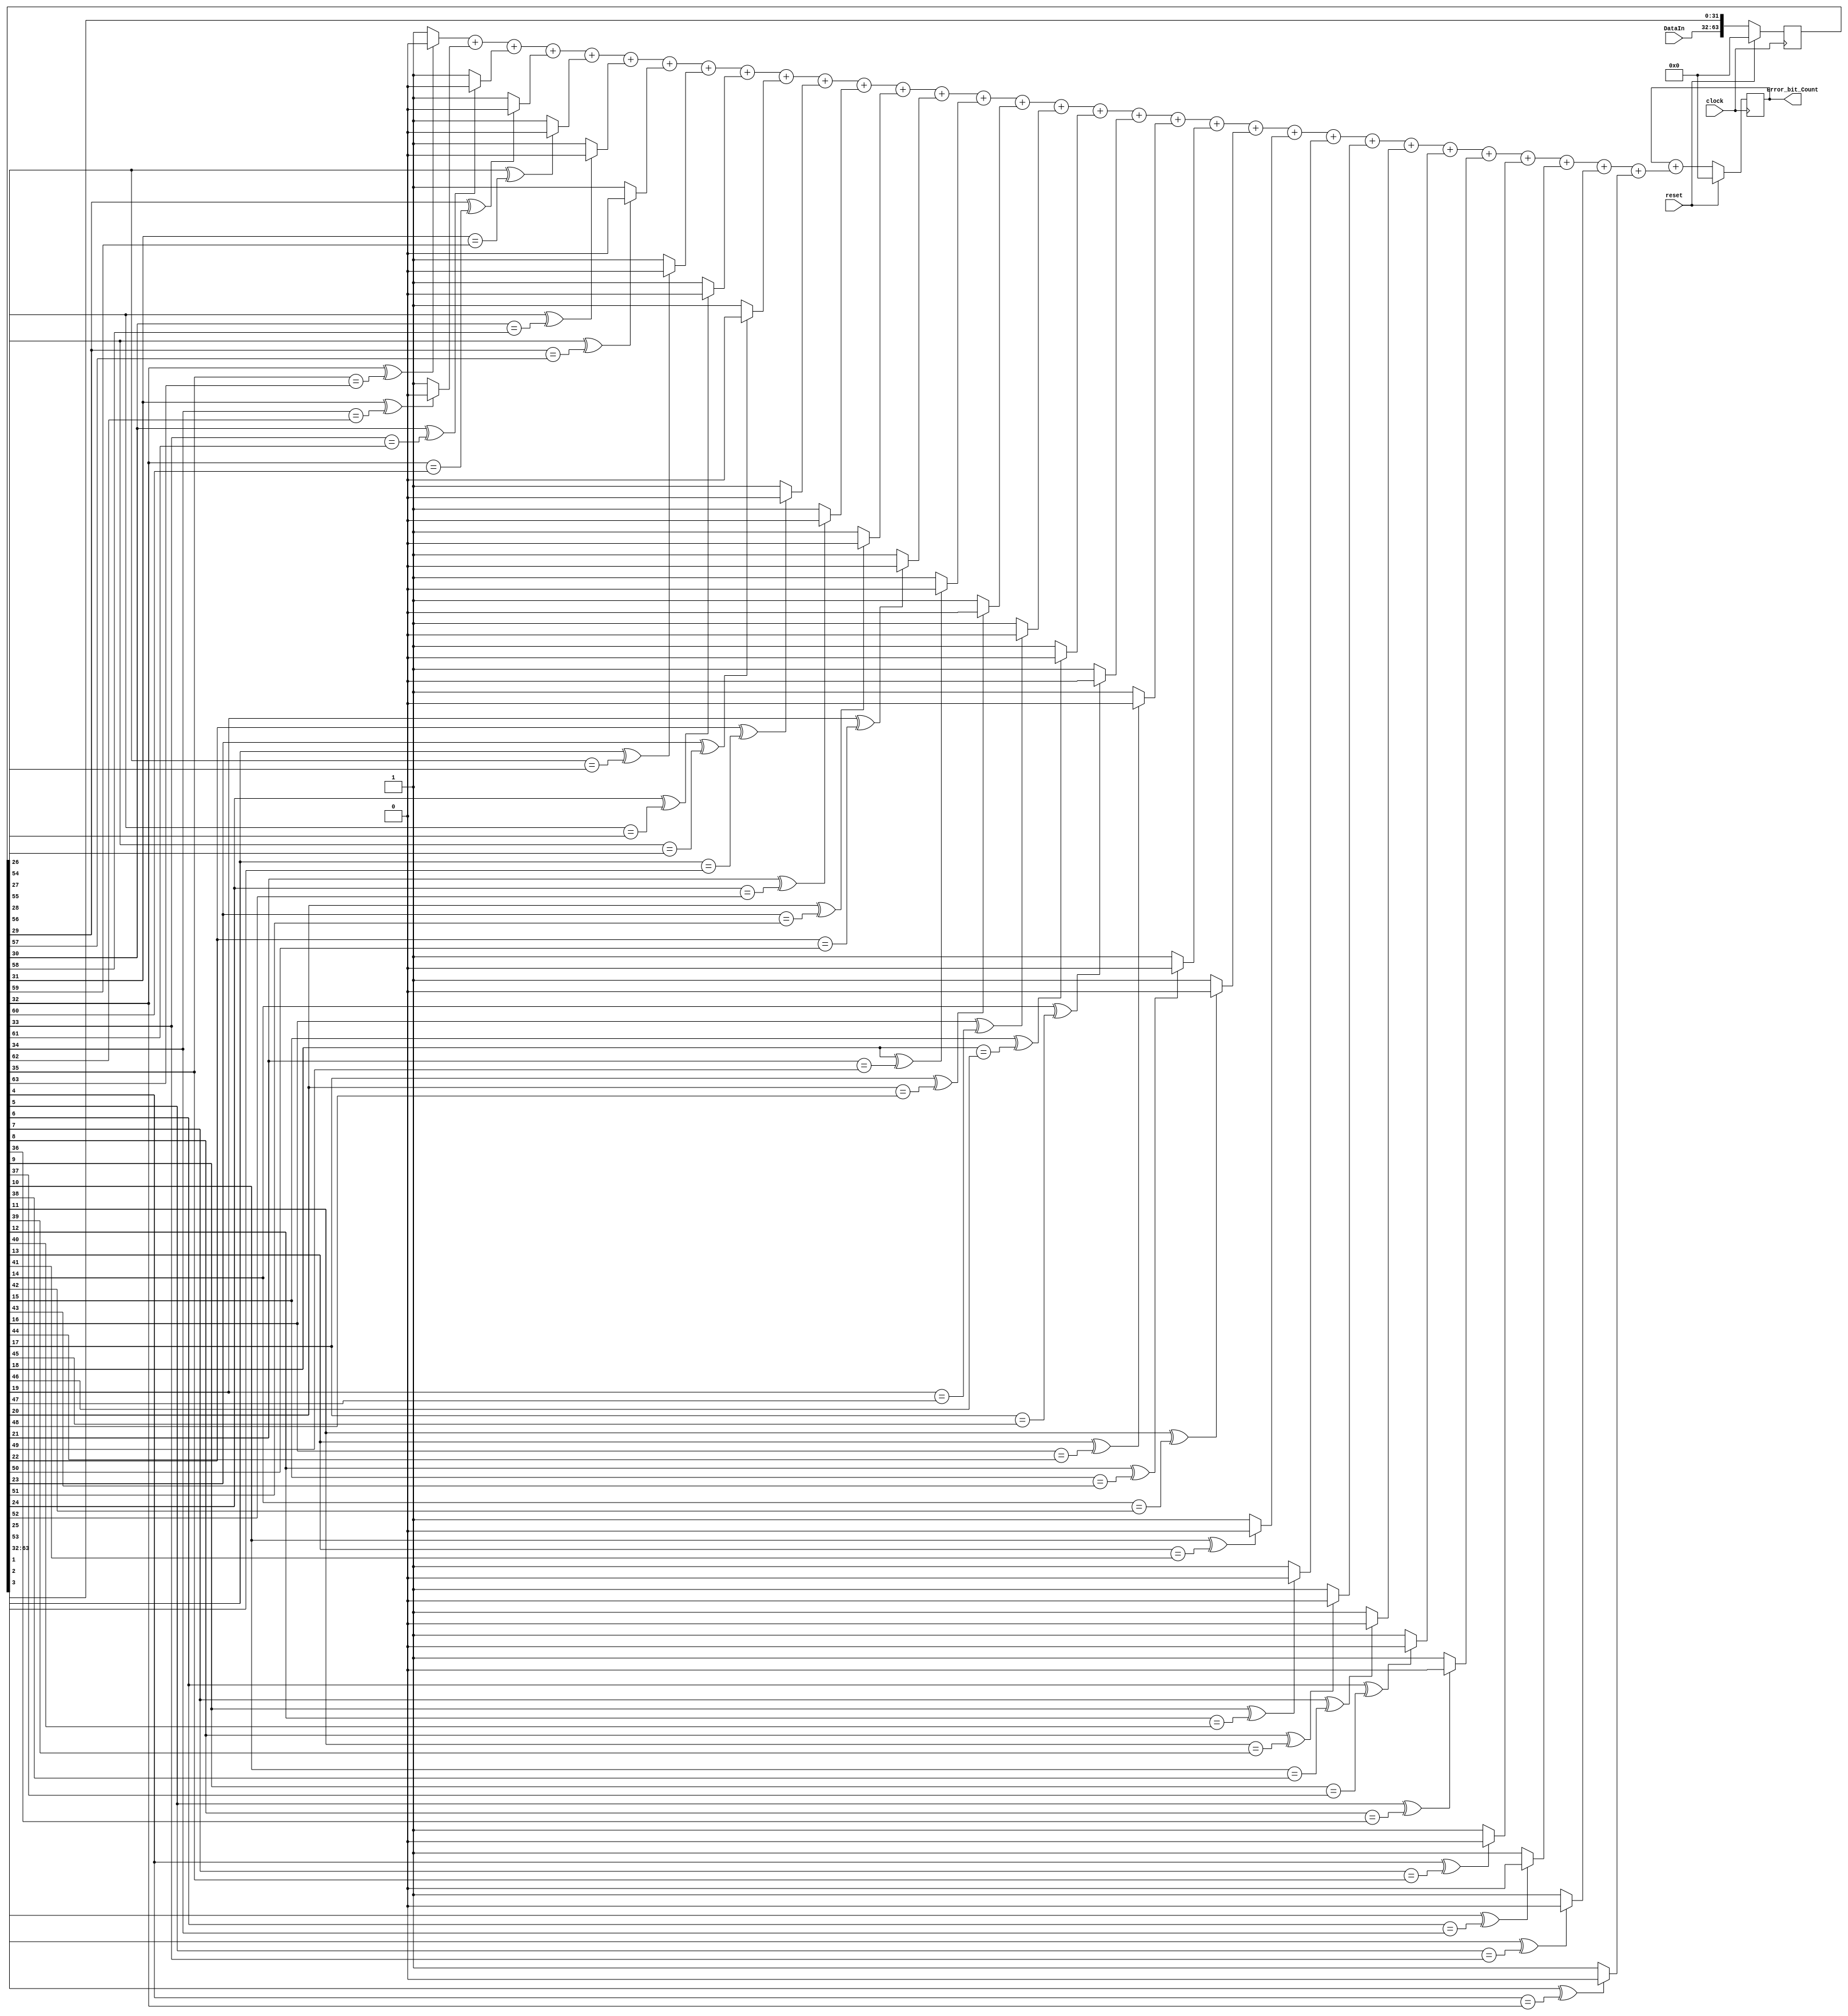
module PRBS31_Data_Checker(
input clock,        //Data check clock
input reset,
input [31:0] DataIn,
output [63:0] Error_bit_Count
    );
reg [63:0] Data_reg;
//---------------------------------------------> Data_In storage
always @(posedge clock)
begin
    if(reset)
        Data_reg=64'b0;
    else
        Data_reg <= {DataIn[31:0], Data_reg[63:32]};
end
//---------------------------------------------< Data_In storage

//---------------------------------------------> Check PRBS31
wire [31:0] Bit_Error;
genvar i;
generate
    for(i=0;i<32;i=i+1)
    begin
       assign Bit_Error[31-i] = (Data_reg[1+i]^Data_reg[4+i] == Data_reg[32+i])?0:1;
    end
endgenerate

//---------------------------------------------< Check PRBS31

//---------------------------------------------> Count "1" 
wire [5:0] count;
assign count = Bit_Error[0] + Bit_Error[1] + Bit_Error[2] + Bit_Error[3] + 
               Bit_Error[4] + Bit_Error[5] + Bit_Error[6] + Bit_Error[7] +
               Bit_Error[8] + Bit_Error[9] + Bit_Error[10] + Bit_Error[11] +
               Bit_Error[12] + Bit_Error[13] + Bit_Error[14] + Bit_Error[15] +
               Bit_Error[16] + Bit_Error[17] + Bit_Error[18] + Bit_Error[19] +
               Bit_Error[20] + Bit_Error[21] + Bit_Error[22] + Bit_Error[23] +
               Bit_Error[24] + Bit_Error[25] + Bit_Error[26] + Bit_Error[27] +
               Bit_Error[28] + Bit_Error[29] + Bit_Error[30] + Bit_Error[31];
//---------------------------------------------< Count "1" 

//---------------------------------------------> calculate total "1"
reg [63:0] Error_bit_Count;
always @(posedge clock)
begin
    if(reset)
        Error_bit_Count = 64'b0;
    else
        Error_bit_Count <= Error_bit_Count + count;
end
//---------------------------------------------< calculate total "1"
endmodule